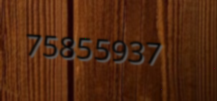
75855937